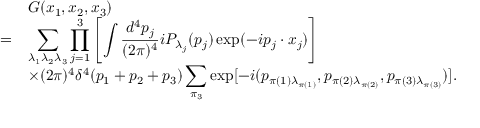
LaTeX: \begin{array} { r l } { { } } & { { G ( x _ { 1 } , x _ { 2 } , x _ { 3 } ) } } \\ { { = } } & { { \displaystyle \sum _ { \lambda _ { 1 } \lambda _ { 2 } \lambda _ { 3 } } \prod _ { j = 1 } ^ { 3 } \left[ \int \frac { d ^ { 4 } p _ { j } } { ( 2 \pi ) ^ { 4 } } i P _ { \lambda _ { j } } ( p _ { j } ) \exp ( - i p _ { j } \cdot x _ { j } ) \right] } } \\ { { } } & { { \displaystyle \times ( 2 \pi ) ^ { 4 } \delta ^ { 4 } ( p _ { 1 } + p _ { 2 } + p _ { 3 } ) \sum _ { \pi _ { 3 } } \exp [ - i ( p _ { \pi ( 1 ) \lambda _ { \pi ( 1 ) } } , p _ { \pi ( 2 ) \lambda _ { \pi ( 2 ) } } , p _ { \pi ( 3 ) \lambda _ { \pi ( 3 ) } } ) ] . } } \end{array}